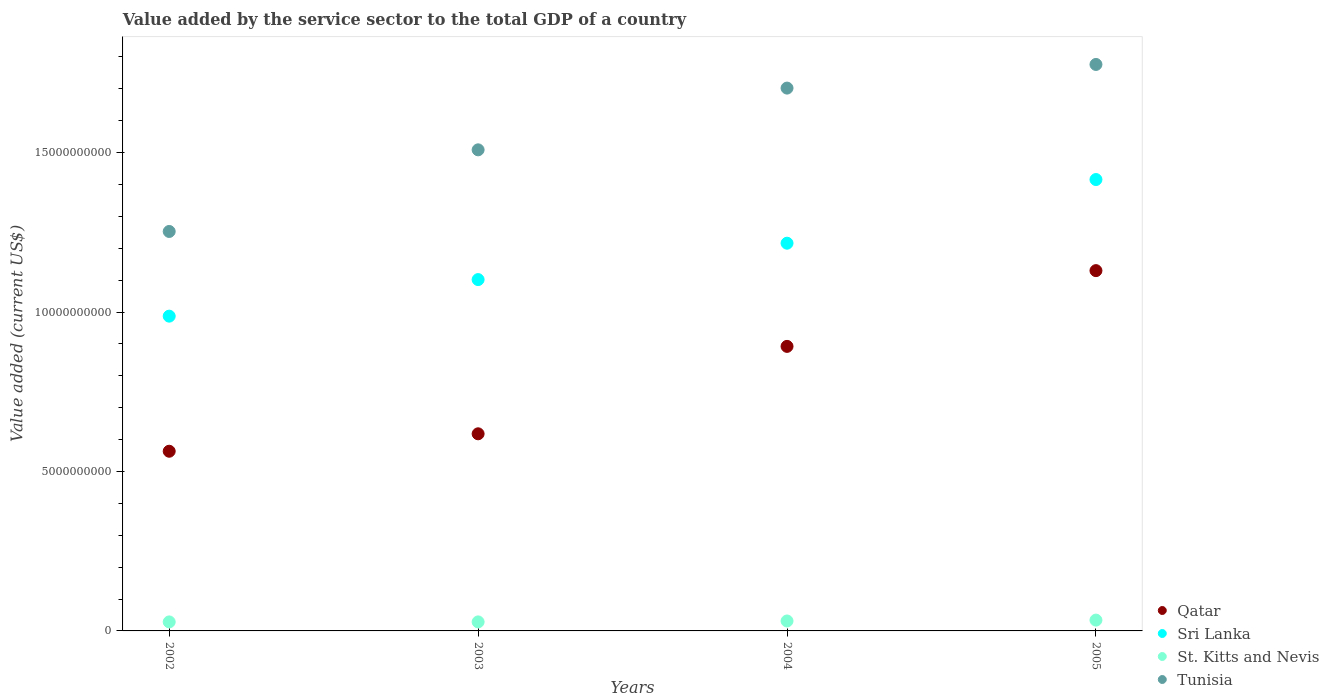
| Years | Qatar | Sri Lanka | St. Kitts and Nevis | Tunisia |
 | --- | --- | --- | --- | --- |
 | 2002 | 5.63e+09 | 9.87e+09 | 2.83e+08 | 1.25e+10 |
 | 2003 | 6.18e+09 | 1.1e+10 | 2.83e+08 | 1.51e+10 |
 | 2004 | 8.92e+09 | 1.22e+10 | 3.12e+08 | 1.7e+10 |
 | 2005 | 1.13e+10 | 1.42e+10 | 3.39e+08 | 1.78e+10 |